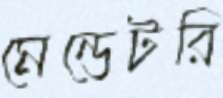
মেন্ডেটরি